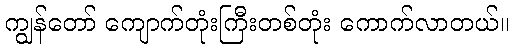
ကျွန်တော် ကျောက်တုံးကြီးတစ်တုံး ကောက်လာတယ်။